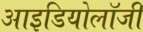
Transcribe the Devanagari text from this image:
आइडियोलॉजी